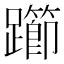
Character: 𰸲